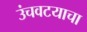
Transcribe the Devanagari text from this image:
उंचवटयाचा